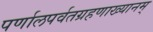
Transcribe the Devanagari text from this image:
पर्णालपर्वतग्रहणाख्यानम्